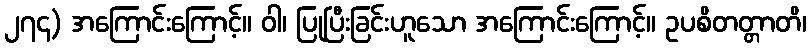
၂၇၄) အကြောင်းကြောင့်။ ဝါ၊ ပြုပြီးခြင်းဟူသော အကြောင်းကြောင့်။ ဥပစိတတ္တာတိ၊